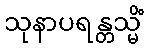
သုနာပရန္တသ္မိံ